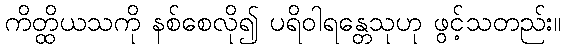
ကိတ္ထိယသကို နစ်စေလို၍ ပရိဝါရန္တေသုဟု ဖွင့်သတည်း။